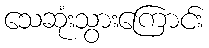
သေဆုံးသွားကြောင်း